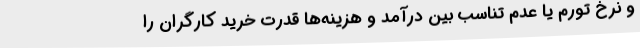
و نرخ تورم یا عدم تناسب بین درآمد و هزینه‌ها قدرت خرید کارگران را